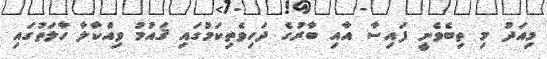
މިއަދު މި ތިބެވެނީ ފައިސާ އާއި ބާރުގެ ދަހިވެތިކަމުގައި ޤައުމު ވިއްކާލާ ހާލަތުގައި